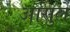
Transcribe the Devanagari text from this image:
आसुर्ले